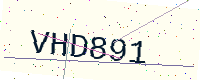
Text: VHD891